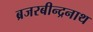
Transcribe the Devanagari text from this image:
ब्रजरबीन्द्रनाथ